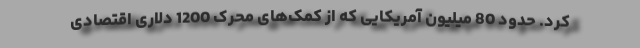
کرد. حدود 80 میلیون آمریکایی که از کمک‌های محرک 1200 دلاری اقتصادی